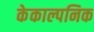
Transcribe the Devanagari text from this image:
केकाल्पनिक